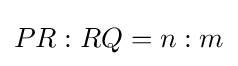
PR:RQ=n:m